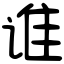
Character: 谁